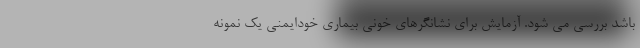
باشد بررسی می شود. آزمایش برای نشانگرهای خونی بیماری خودایمنی یک نمونه